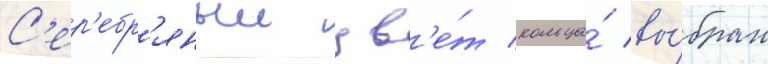
С'ер'ебр'яныи цв'е́т кольца́ вы́бран